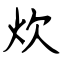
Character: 炊